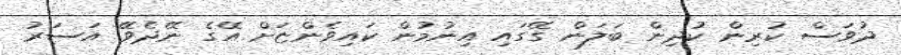
ދުވަސް ކުރިން ކުދިން ބަލަން ގޭގައި އިނުމުން ކައިވެންޏަށް އޭގެ ނޭދެވޭ އަސަރު